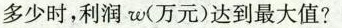
多少时，利润w(万元)达到最大值?